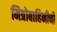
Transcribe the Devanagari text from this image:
मित्रोबाहिनीची